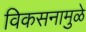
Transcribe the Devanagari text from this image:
विकसनामुळे